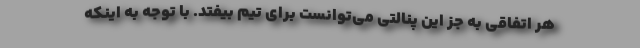
هر اتفاقی به جز این پنالتی می‌توانست برای تیم بیفتد. با توجه به اینکه